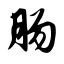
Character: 肠